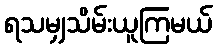
ရသမျှသိမ်းယူကြမယ်